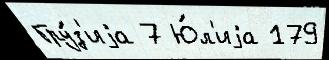
Гру́з'иjа 7 Ю́л'иjа 179